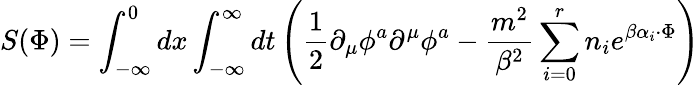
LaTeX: S(\Phi)=\int_{-\infty}^{0}dx\int_{-\infty}^{\infty}dt\left(\frac{1}{2}\partial_{\mu}\phi^{a}\partial^{\mu}\phi^{a}-\frac{m^{2}}{\beta^{2}}\sum_{i=0}^{r}n_{i}e^{\beta\alpha_{i}\cdot\Phi}\right)